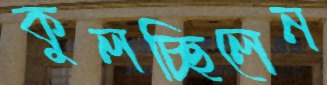
কুলচ্ছিলেন